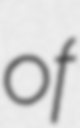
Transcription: of